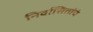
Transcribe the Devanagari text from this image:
निर्वासितांचं